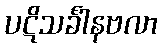
ပဋိသင်္ခါနဗလာ